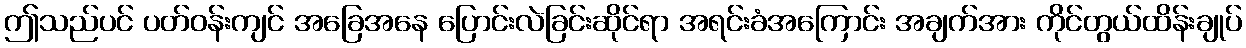
ဤသည်ပင် ပတ်ဝန်းကျင် အခြေအနေ ပြောင်းလဲခြင်းဆိုင်ရာ အရင်းခံအကြောင်း အချက်အား ကိုင်တွယ်ထိန်းချုပ်